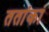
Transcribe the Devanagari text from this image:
ततांका